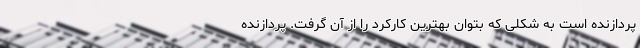
پردازنده است به شکلی که بتوان بهترین کارکرد را از آن گرفت. پردازنده